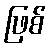
ဖြစ်